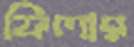
ফিলার